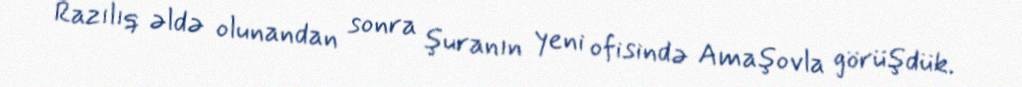
Razılıq əldə olunandan sonra şuranın yeni ofisində Amaşovla görüşdük.